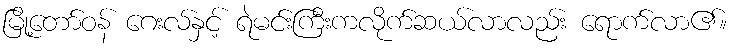
မြို့တော်ဝန် ဂေးလ်နှင့် ရဲမင်းကြီးကလိုက်ဆယ်လာလည်း ရောက်လာ၏။